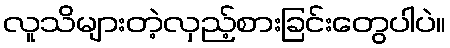
လူသိများတဲ့လှည့်စားခြင်းတွေပါပဲ။